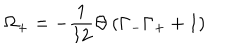
\Omega _ { + } = - { \frac { 1 } { 1 2 } } \Theta \left( \Gamma _ { - } \Gamma _ { + } + 1 \right)